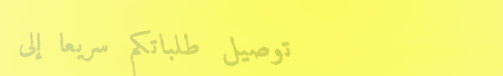
توصيل طلباتكم سريعاً إلى